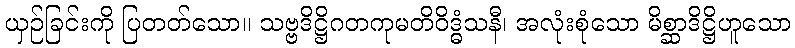
ယှဉ်ခြင်းကို ပြတတ်သော။ သဗ္ဗဒိဋ္ဌိဂတကုမတိဝိဒ္ဓံသနီ၊ အလုံးစုံသော မိစ္ဆာဒိဋ္ဌိဟူသော